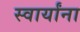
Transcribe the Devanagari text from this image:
स्वार्यांना